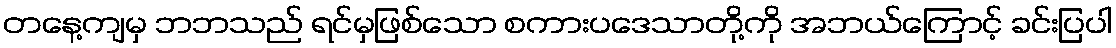
တနေ့ကျမှ ဘဘသည် ရင်မှဖြစ်သော စကားပဒေသာတို့ကို အဘယ်ကြောင့် ခင်းပြပါ